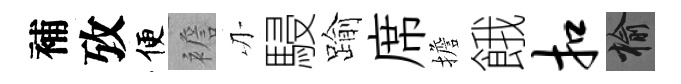
補攷便襜刃駸踰席擔餓扣榆